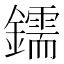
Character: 鑐